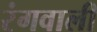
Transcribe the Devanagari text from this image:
रंगवाली